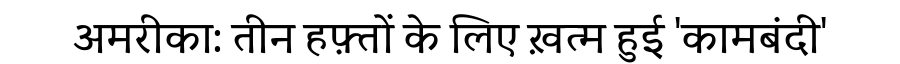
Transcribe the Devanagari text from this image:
अमरीका: तीन हफ़्तों के लिए ख़त्म हुई 'कामबंदी'